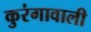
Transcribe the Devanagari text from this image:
कुरंगावाली